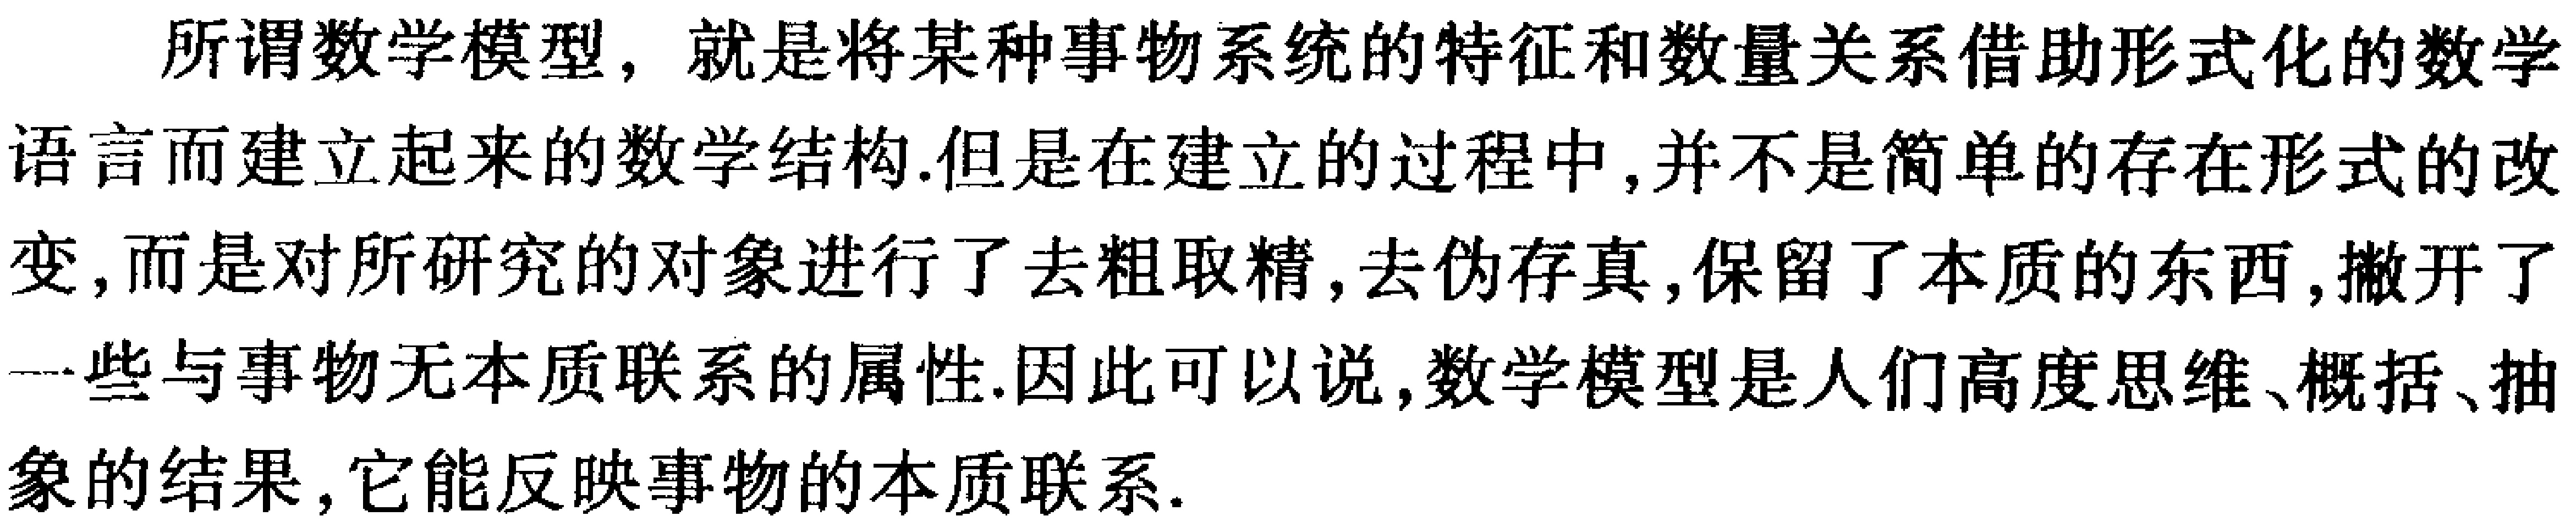
所谓数学模型，就是将某种事物系统的特征和数量关系借助形式化的数学语言而建立起来的数学结构.但是在建立的过程中,并不是简单的存在形式的改变,而是对所研究的对象进行了去粗取精,去伪存真,保留了本质的东西,撇开了一些与事物无本质联系的属性.因此可以说,数学模型是人们高度思维、概括、抽象的结果,它能反映事物的本质联系.